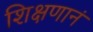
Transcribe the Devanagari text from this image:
शिक्षणानं